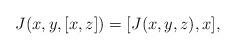
LaTeX: \begin{align*}J(x,y,[x,z]) = [J(x,y,z),x],\end{align*}